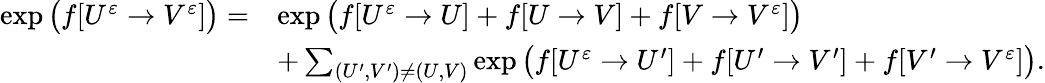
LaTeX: \begin{array}{rl}{\exp\big(f[U^{\varepsilon}\to V^{\varepsilon}]\big)=}&{\exp\big(f[U^{\varepsilon}\to U]+f[U\to V]+f[V\to V^{\varepsilon}]\big)}\\ &{+\sum_{(U^{\prime},V^{\prime})\neq(U,V)}\exp\big(f[U^{\varepsilon}\to U^{\prime}]+f[U^{\prime}\to V^{\prime}]+f[V^{\prime}\to V^{\varepsilon}]\big).}\end{array}